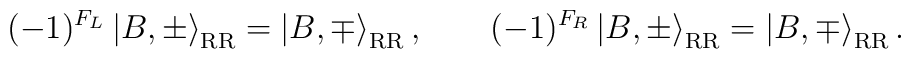
(-1)^{F_{L}}\left|B,\pm\right\rangle_{\rm RR}=\left|B,\mp\right\rangle_{\rm RR},\qquad(-1)^{F_R}\left|B,\pm\right\rangle_{\rm RR}=\left|B,\mp\right\rangle_{\rm RR}.